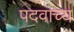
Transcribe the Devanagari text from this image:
पदवाच्य